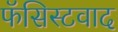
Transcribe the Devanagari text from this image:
फॅसिस्टवाद